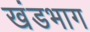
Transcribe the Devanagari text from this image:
खंडभाग